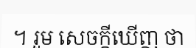
។ រួម សេចក្តីឃើញ ថា